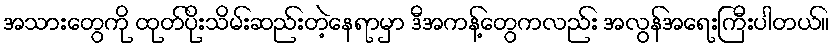
အသားတွေကို ထုတ်ပိုးသိမ်းဆည်းတဲ့နေရာမှာ ဒီအကန့်တွေကလည်း အလွန်အရေးကြီးပါတယ်။